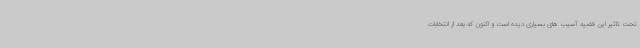
تحت تاثیر این قضیه آسیب های بسیاری دیده است و اکنون که بعد از انتخابات